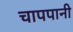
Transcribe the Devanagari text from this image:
चापपानी